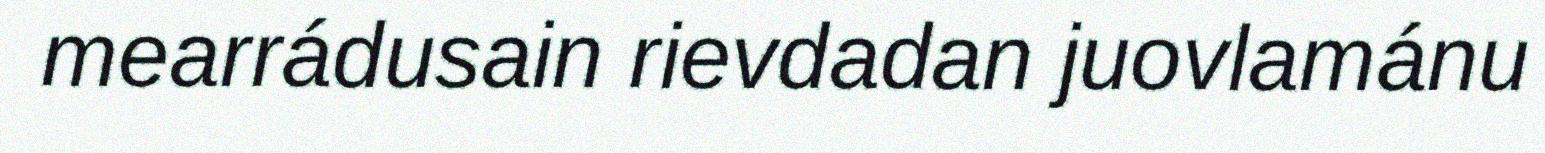
mearrádusain rievdadan juovlamánu